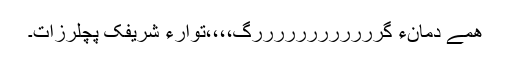
ھمے دمانءَ گررررررررررررگ،،،،توارءَ شریفک پَچلرزاِت۔